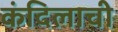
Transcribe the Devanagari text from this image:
कंदिलाची